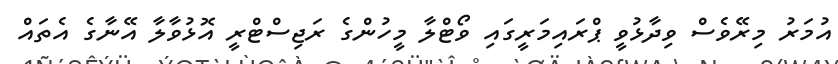
އުމަރު މިރޭވެސް ވިދާޅުވީ ޕްރައިމަރީގައި ވޯޓްލާ މީހުންގެ ރަޖިސްޓްރީ އޮޅުވާލާ އޭނާގެ އެތައް